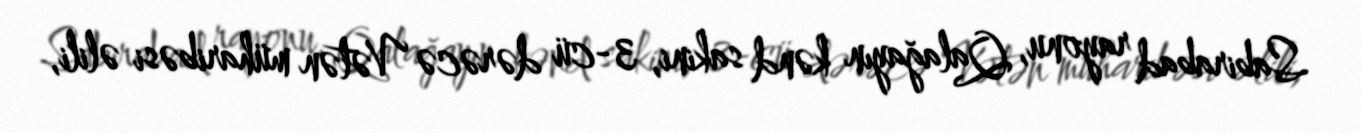
Sabirabad rayonu, Qalağayın kənd sakini, 3-cü dərəcə Vətən müharibəsi əlili,